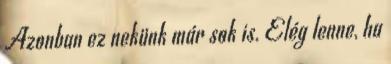
Azonban ez nekünk már sok is. Elég lenne, ha